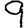
Digit: 9